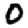
Digit: 0